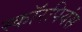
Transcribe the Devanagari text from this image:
स्कॉरपियंस